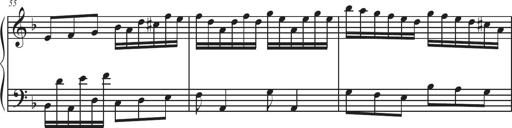
Title: Sonatina Espania
Composer: Jerald Franklin Archer
Key: Various